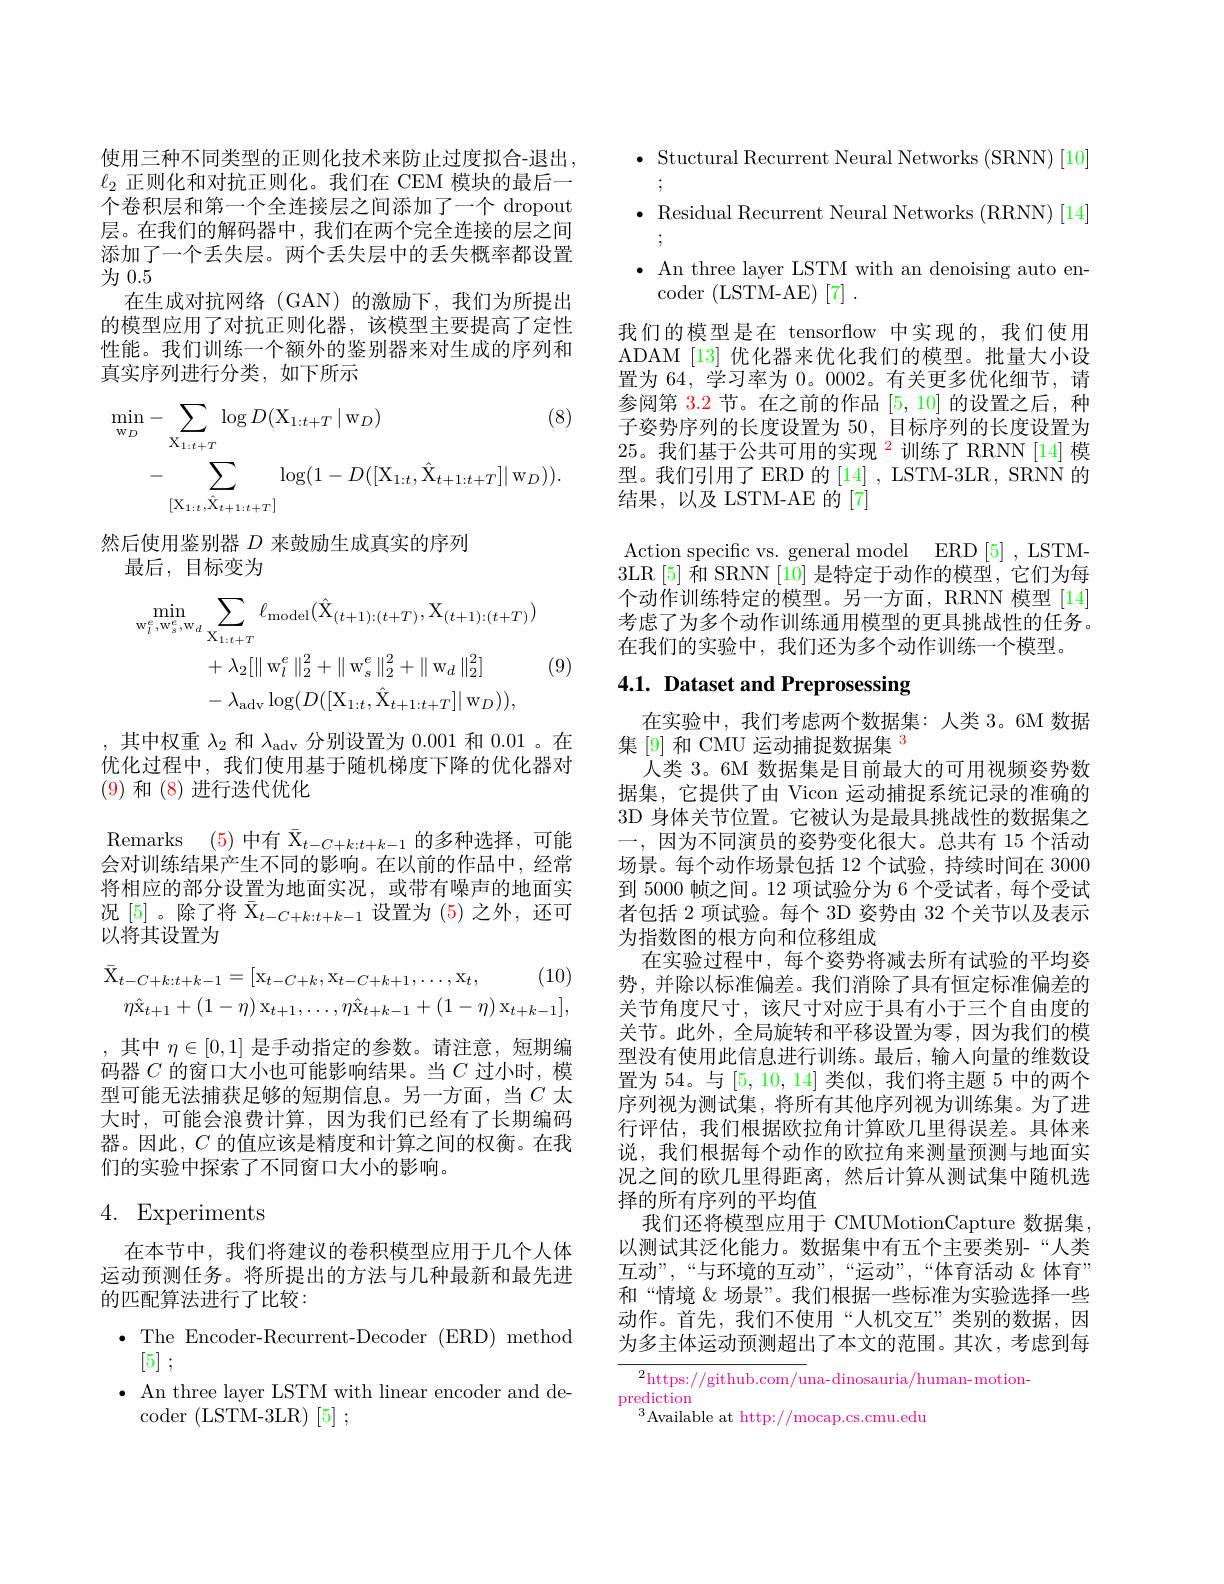
使用三种不同类型的正则化技术来防止过度拟合-退出，
$\ell_2$正则化和对抗正则化。我们在 CEM 模块的最后一个卷积层和第一个全连接层之间添加了一个 dropout 层。在我们的解码器中，我们在两个完全连接的层之间添加了一个丢失层。两个丢失层中的丢失概率都设置为0.5
在生成对抗网络(GAN)的激励下，我们为所提出的模型应用了对抗正则化器，该模型主要提高了定性性能。我们训练一个额外的鉴别器来对生成的序列和真实序列进行分类，如下所示
$$\begin{aligned}\min_{\mathrm{w}_{D}}&-\sum_{\mathrm{X}_{1:t+T}}\log D(\mathrm{X}_{1:t+T}\mid\mathrm{w}_{D})&\text{(8)}\\&-\sum_{[\mathrm{X}_{1:t},\hat{\mathrm{X}}_{t+1:t+T}]}\log(1-D([\mathrm{X}_{1:t},\hat{\mathrm{X}}_{t+1:t+T}]|\:\mathrm{w}_{D})).\end{aligned}$$
然后使用鉴别器$D$来鼓励生成真实的序列
最后，目标变为
$$\begin{aligned}\min_{\mathrm{w}_{l}^{e},\mathrm{w}_{s}^{e},\mathrm{w}_{d}}&\sum_{\mathrm{X}_{1:t+T}}\ell_{\mathrm{model}}(\hat{\mathrm{X}}_{(t+1):(t+T)},\mathrm{X}_{(t+1):(t+T)})\\&+\lambda_{2}[\parallel\mathrm{w}_{l}^{e}\parallel_{2}^{2}+\parallel\mathrm{w}_{s}^{e}\parallel_{2}^{2}+\parallel\mathrm{w}_{d}\parallel_{2}^{2}]\\&-\:\lambda_{\mathrm{adv}}\log(D([\mathrm{X}_{1:t},\hat{\mathrm{X}}_{t+1:t+T}]|\:\mathrm{w}_{D})),\end{aligned}$$
(9)

,其中权重$\lambda_2$和$\lambda_\mathrm{adv}$分别设置为0.001和0.01 。在优化过程中，我们使用基于随机梯度下降的优化器对(9)和 (8)进行迭代优化

Remarks (5)中有$\bar{\mathrm{X}}_t-C+k:t+k-1$的多种选择，可能会对训练结果产生不同的影响。在以前的作品中，经常将相应的部分设置为地面实况，或带有噪声的地面实况[5] 。除了将$\bar{\mathrm{X}}_t-C+k:t+k-1$设置为 (5) 之外，还可以将其设置为
$$\bar{\mathrm{X}}_{t-C+k:t+k-1}=[\mathrm{x}_{t-C+k},\mathrm{x}_{t-C+k+1},\ldots,\mathrm{x}_{t},\quad(10)\\\eta\hat{\mathrm{x}}_{t+1}+(1-\eta)\:\mathrm{x}_{t+1},\ldots,\eta\hat{\mathrm{x}}_{t+k-1}+(1-\eta)\:\mathrm{x}_{t+k-1}],$$
,其中$\eta\in[0,1]$是手动指定的参数。请注意，短期编码器$C$ 的窗口大小也可能影响结果。当$C$ 过小时，模型可能无法捕获足够的短期信息。另一方面，当$C$ 太大时，可能会浪费计算，因为我们已经有了长期编码器。因此，$C$的值应该是精度和计算之间的权衡。在我们的实验中探索了不同窗口大小的影响。

# 4. Experiments

在本节中，我们将建议的卷积模型应用于几个人体运动预测任务。将所提出的方法与几种最新和最先进的匹配算法进行了比较：
$\bullet$The Encoder-Recurrent-Decoder(ERD)method
[5] ;
$\bullet$ An three layer LSTM with linear encoder and de-
coder (LSTM-3LR)[5];

$\bullet$ Stuctural Recurrent Neural Networks (SRNN)[10] $\bullet$ Residual Recurrent Neural Networks (RRNN)[14] $\bullet$ An three layer LSTM with an denoising auto en-
$\operatorname{coder}\left(\mathrm{LSTM-AE}\right)\left[7\right].$
我们的模型是在 tensorflow 中实现的，我们使用ADAM [13] 优化器来优化我们的模型。批量大小设置为 64, 学习率为0。0002。有关更多优化细节，请参阅第 3.2 节。在之前的作品[5,10]的设置之后，种子姿势序列的长度设置为 50, 目标序列的长度设置为25。我们基于公共可用的实现$^{2}$训练了 RRNN[14]模型。我们引用了 ERD 的 [14] , LSTM-3LR, SRNN 的结果，以及 LSTM-AE 的[7]
Action specific vs. general model ERD[5] , LSTM- 3LR [5] 和 SRNN [10] 是特定于动作的模型，它们为每个动作训练特定的模型。另一方面，RRNN 模型[14] 考虑了为多个动作训练通用模型的更具挑战性的任务。在我们的实验中，我们还为多个动作训练一个模型。

# 4.1. Dataset and Preprosessing

在实验中，我们考虑两个数据集：人类 3。6M 数据
集[9] 和 CMU 运动捕捉数据集$^{\color{red}3}$
人类 3。6M 数据集是目前最大的可用视频姿势数据集，它提供了由 Vicon 运动捕捉系统记录的准确的3D 身体关节位置。它被认为是最具挑战性的数据集之一，因为不同演员的姿势变化很大。总共有 15 个活动场景。每个动作场景包括 12 个试验，持续时间在 3000到 5000 帧之间。12 项试验分为 6 个受试者，每个受试者包括 2 项试验。每个 3D 姿势由 32 个关节以及表示为指数图的根方向和位移组成
在实验过程中，每个姿势将减去所有试验的平均姿势，并除以标准偏差。我们消除了具有恒定标准偏差的关节角度尺寸，该尺寸对应于具有小于三个自由度的关节。此外，全局旋转和平移设置为零，因为我们的模型没有使用此信息进行训练。最后，输人向量的维数设置为 54。与[5,10,14]类似，我们将主题 5 中的两个序列视为测试集，将所有其他序列视为训练集。为了进行评估，我们根据欧拉角计算欧几里得误差。具体来说，我们根据每个动作的欧拉角来测量预测与地面实况之间的欧几里得距离，然后计算从测试集中随机选择的所有序列的平均值
我们还将模型应用于 CMUMotionCapture 数据集， 以测试其泛化能力。数据集中有五个主要类别-“人类互动”,“与环境的互动”,“运动”,“体育活动&体育” 和“情境《场景”。我们根据一些标准为实验选择一些动作。首先，我们不使用“人机交互”类别的数据，因为多主体运动预测超出了本文的范围。其次，考虑到每

$^2$https://github.com/una-dinosauria/human-motion-
prediction
$^3$Available at http://mocap.cs.cmu.edu